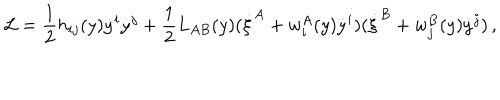
LaTeX: { \cal L } = \frac { 1 } { 2 } h _ { i j } ( y ) \dot { y } ^ { i } \dot { y } ^ { j } + \frac { 1 } { 2 } L _ { A B } ( y ) ( \dot { \xi } ^ { A } + w _ { i } ^ { A } ( y ) \dot { y } ^ { i } ) ( \dot { \xi } ^ { B } + w _ { j } ^ { B } ( y ) \dot { y } ^ { j } ) \, ,